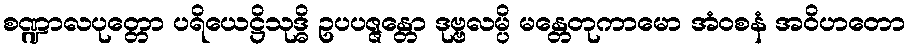
စဏ္ဍာလပုတ္တော ပရိယေဋ္ဌိသုဒ္ဓိ ဥပပဇ္ဇန္တော ဒုဗ္ဗလမ္ပိ မန္တေတုကာမော အံဝစနံ အဝိဟတော